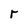
Character: r